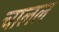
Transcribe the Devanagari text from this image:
चालल